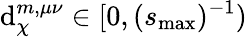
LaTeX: \mathrm{d}_{\chi}^{m,\mu\nu}\in[0,(s_{\mathrm{{max}}})^{-1})